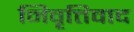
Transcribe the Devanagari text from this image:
निवृत्तिवाद